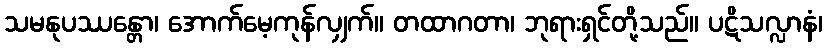
သမနုပဿန္တော၊ အောက်မေ့ကုန်လျှက်။ တထာဂတာ၊ ဘုရားရှင်တို့သည်။ ပဋိသလ္လာနံ၊